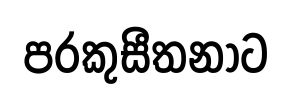
පරකුසීතනාට